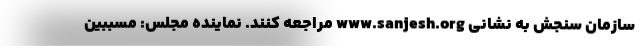
سازمان سنجش به نشانی www.sanjesh.org مراجعه کنند. نماینده مجلس: مسببین